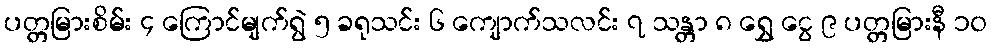
ပတ္တမြားစိမ်း ၄ ကြောင်မျက်ရွဲ ၅ ခရုသင်း ၆ ကျောက်သလင်း ၇ သန္တာ ၈ ရွှေ ငွေ ၉ ပတ္တမြားနီ ၁၀